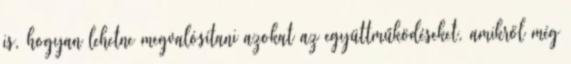
is, hogyan lehetne megvalósítani azokat az együttműködéseket, amikről még